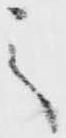
之